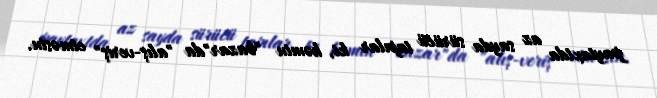
paytaxtda az sayda sürücü tapılar ki, həmin "bazar"da "alış-veriş" etməsin.